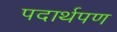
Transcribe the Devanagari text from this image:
पदार्थपण